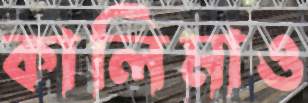
কালিমাও